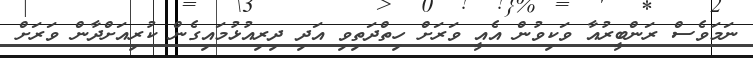
ނަމަވެސް ރަންބީރުއާ ވަކިވުން އެއީ ވަރަށް ހިތްދަތިވި އަދި ދިރިއުޅުމައިގެން ކުރިއަށްދާން ވަރަށް